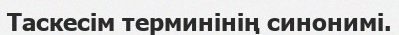
Таскесім терминінің синонимі.